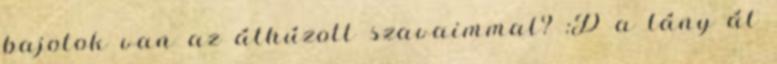
bajotok van az áthúzott szavaimmal? :D a lány át